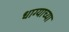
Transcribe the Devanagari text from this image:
धाग्याच्या